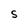
Character: S